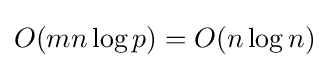
O(mn\log p)=O(n\log n)